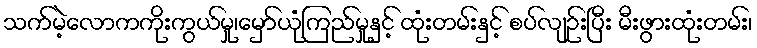
သက်မဲ့လောကကိုးကွယ်မှု၊မှော်ယုံကြည်မှုနှင့် ထုံးတမ်းနှင့် စပ်လျဉ်းပြီး မီးဖွားထုံးတမ်း၊